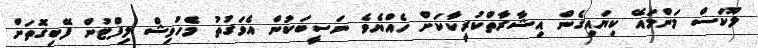
ލޫކަސް މަންމައޭ ކިޔައިގެން އިޝާރާތްކުރީކާކަށް ހެއްޔެވެ ނަސީބަކުން އެވަގުތު މެހުވިޝް ލިފްޓުން ފޭބިގޮތަށް